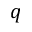
q